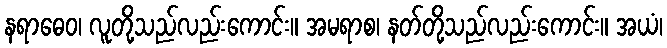
နရာဓေဝ၊ လူတို့သည်လည်းကောင်း။ အမရာစ၊ နတ်တို့သည်လည်းကောင်း။ အယံ၊